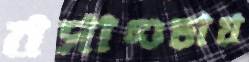
বসাগুড়ায়